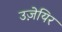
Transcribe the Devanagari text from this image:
उज़ेयिर